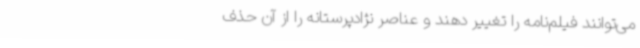
می‌توانند فیلم‌نامه را تغییر دهند و عناصر نژادپرستانه را از آن حذف